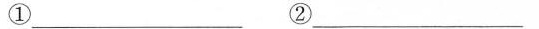
①___ ②___